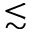
\lesssim